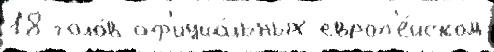
18 голо́в оф'ициа́льных европ'е́йском